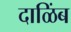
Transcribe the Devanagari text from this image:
दाळिंब